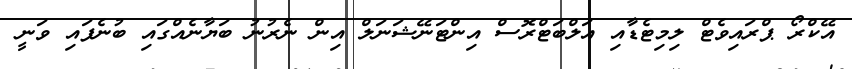
އޭކްރޯ ޕްރައިވެޓް ލިމިޓެޑާއި އަލްބަޓްރޮސް އިންޓަނޭޝަނަލް އިން ނެރުނު ބަޔާނެއްގައި ބުނެފައި ވަނީ